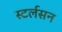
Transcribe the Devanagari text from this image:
स्टर्लसन